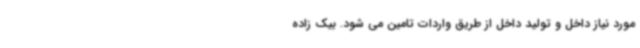
مورد نیاز داخل و تولید داخل از طریق واردات تامین می شود. بیک زاده